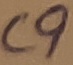
Text: C9